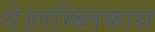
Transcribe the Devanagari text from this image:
थे।लम्ब्लिकास